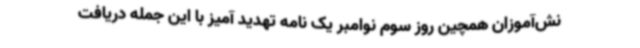
نش‌آموزان همچین روز سوم نوامبر یک نامه تهدید آمیز با این جمله دریافت